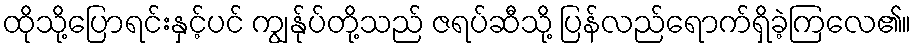
ထိုသို့ပြောရင်းနှင့်ပင် ကျွန်ုပ်တို့သည် ဇရပ်ဆီသို့ ပြန်လည်ရောက်ရှိခဲ့ကြလေ၏။